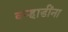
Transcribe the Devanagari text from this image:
वर्‍हाडींना